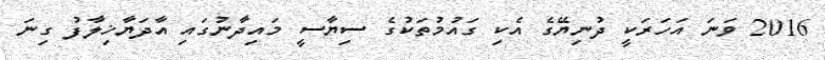
2016 ވަނަ އަހަރަކީ ދުނިޔޭގެ އެކި ގައުމުތަކުގެ ސިޔާސީ މައިދާނުގައި އާދަޔާޚިލާފު ގިނަ